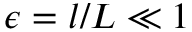
\epsilon = l / L \ll 1